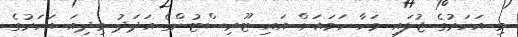
މި އަހަރުގެ ޖުލައި މަހާ ހަމައަށް އައި ޓޫރިސްޓުންގެ އަދަދު މިދިއަ އަހަރުގެ